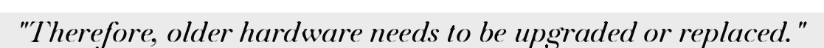
"Therefore, older hardware needs to be upgraded or replaced."